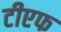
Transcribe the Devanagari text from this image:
टीएफ